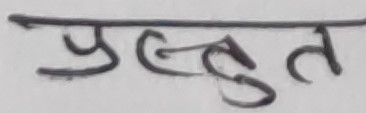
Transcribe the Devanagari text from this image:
प्रस्तुत